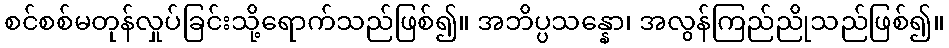
စင်စစ်မတုန်လှုပ်ခြင်းသို့ရောက်သည်ဖြစ်၍။ အဘိပ္ပသန္နော၊ အလွန်ကြည်ညိုသည်ဖြစ်၍။